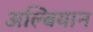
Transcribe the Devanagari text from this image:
अल्बियान